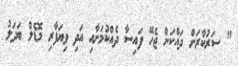
" ސަރުކާރަށް ދައްކަން ޖެހޭ ފައިސާ ދެއްކުމަށާއި އަދި ވިޔަފާރި މޮޑެލް ބަދަލު